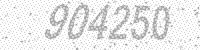
Solution: 904250